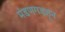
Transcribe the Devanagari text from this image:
मंडणगडहून